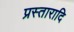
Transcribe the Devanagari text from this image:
प्रस्तारादि